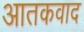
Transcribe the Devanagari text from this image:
आतकवाद